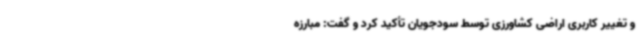
و تغییر کاربری اراضی کشاورزی توسط سودجویان تأکید کرد و گفت: مبارزه